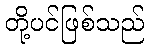
တို့ပင်ဖြစ်သည်